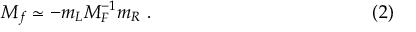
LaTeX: M _ { f } \simeq - m _ { L } M _ { F } ^ { - 1 } m _ { R } \ . \eqno ( 2 )